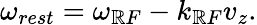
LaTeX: \omega_{rest}=\omega_{\mathbb{R}F}-k_{\mathbb{R}F}v_{z}.